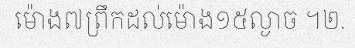
ម៉ោង៧ព្រឹកដល់ម៉ោង១៥ល្ងាច ។២.